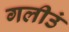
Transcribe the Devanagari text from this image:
गलीउं